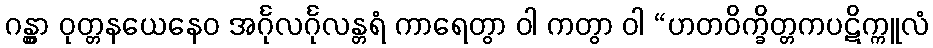
ဂန္တွာ ဝုတ္တနယေနေဝ အင်္ဂုလင်္ဂုလန္တရံ ကာရေတွာ ဝါ ကတွာ ဝါ “ဟတဝိက္ခိတ္တကပဋိက္ကူလံ